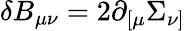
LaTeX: \delta B_{\mu\nu}=2\partial_{[\mu}\Sigma_{\nu]}\,